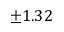
\pm 1 . 3 2 \